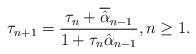
LaTeX: \begin{align*} \tau_{n+1} = \frac{\tau_{n} + \overline{\hat{\alpha}}_{n-1}}{1 + \tau_{n}\hat{\alpha}_{n-1}}, n \geq 1.\end{align*}